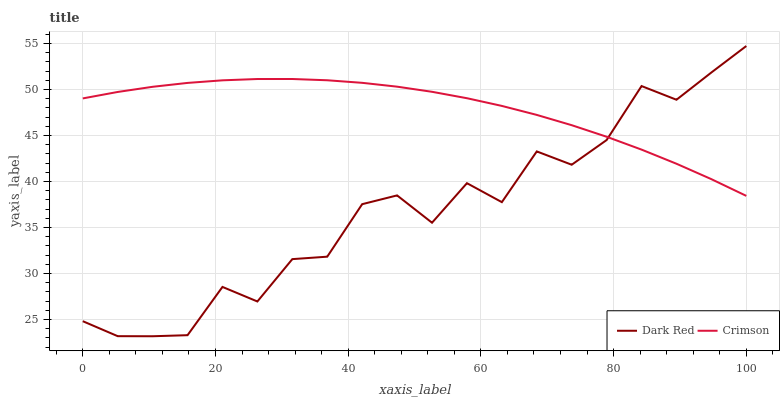
| xaxis_label | Dark Red | Crimson |
 | --- | --- | --- |
 | 0 | 24.8 | 49 |
 | 5.26 | 23.2 | 49.7 |
 | 10.5 | 23.2 | 50.3 |
 | 15.8 | 23.3 | 50.7 |
 | 21.1 | 28.5 | 51 |
 | 26.3 | 27 | 51.1 |
 | 31.6 | 31.6 | 51.1 |
 | 36.8 | 31.8 | 51 |
 | 42.1 | 37.5 | 50.7 |
 | 47.4 | 38.5 | 50.3 |
 | 52.6 | 35.5 | 49.7 |
 | 57.9 | 39.8 | 49 |
 | 63.2 | 37.8 | 48.2 |
 | 68.4 | 43.3 | 47.2 |
 | 73.7 | 41.8 | 46.1 |
 | 78.9 | 44.5 | 44.9 |
 | 84.2 | 50.4 | 43.5 |
 | 89.5 | 48.9 | 41.9 |
 | 94.7 | 51.8 | 40.3 |
 | 100 | 54.7 | 38.4 |